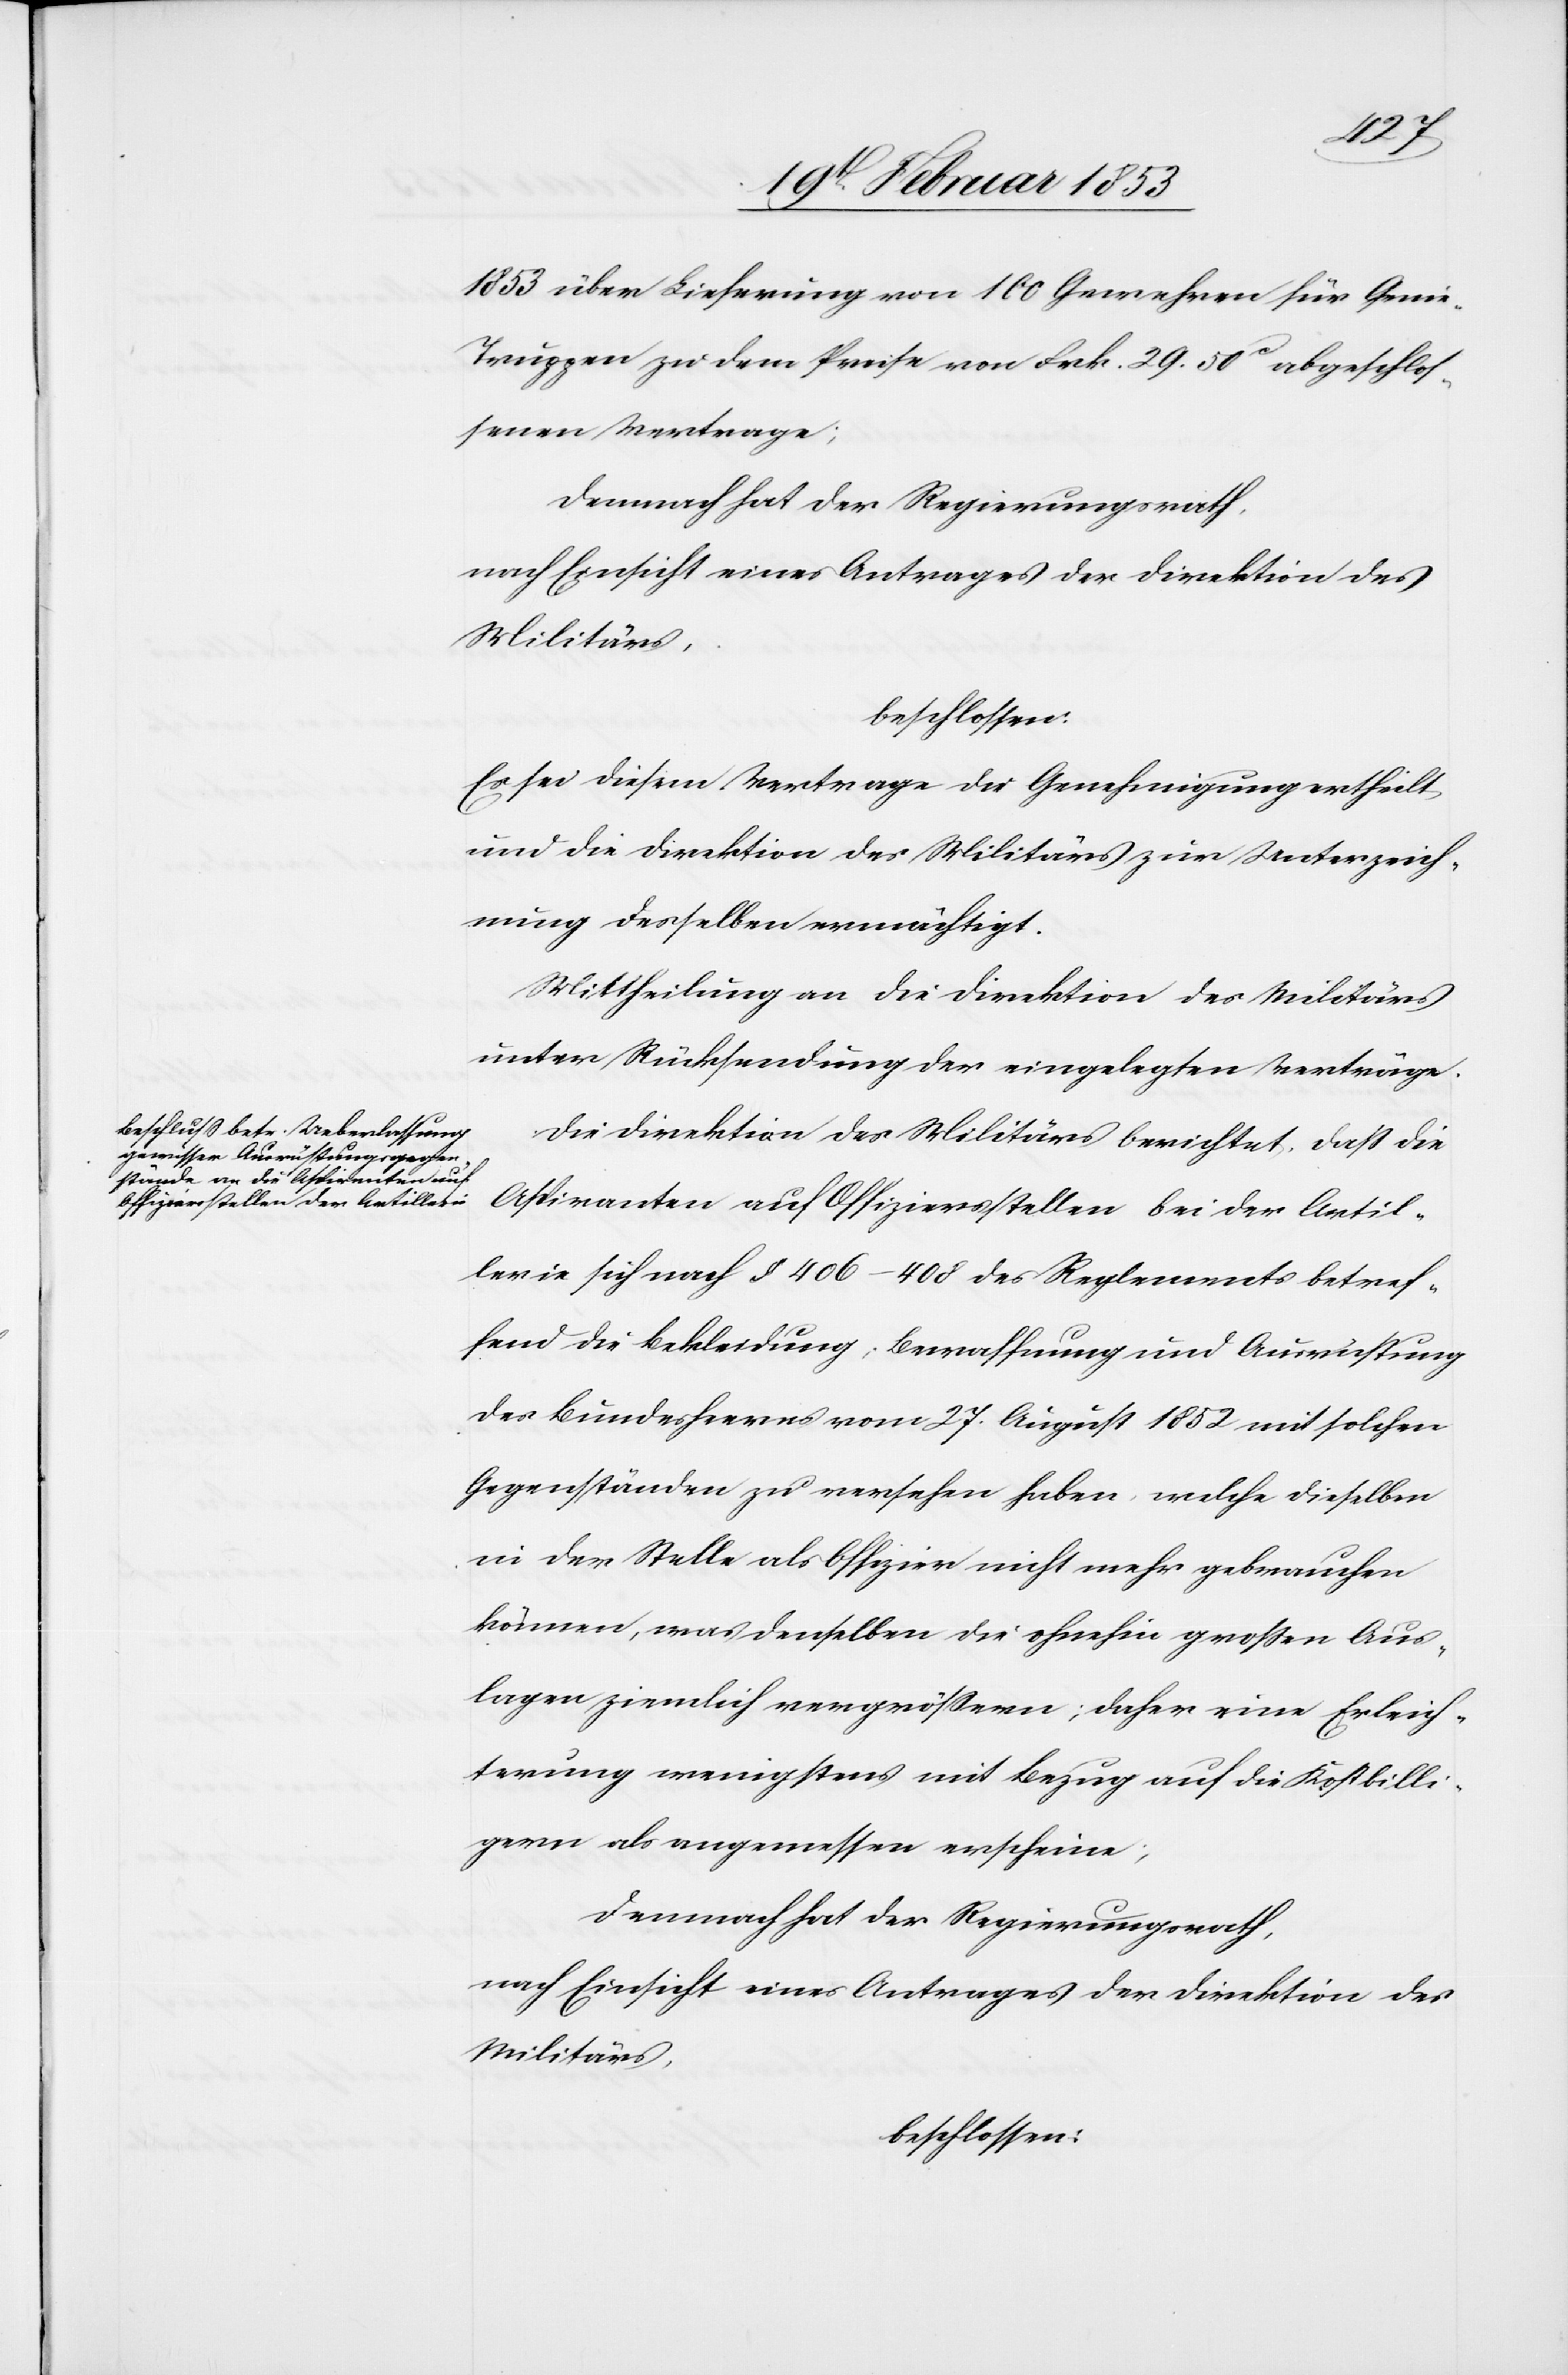
1853 über Lieferung von 100 Gewehren für Geni¬
e-Truppen zu dem Preise von Frk. 29.50 cs abgeschlos¬
senen Vertrage;
Demnach hat der Regierungsrath,
nach Einsicht eines Antrages der Direktion des
Militärs,
beschlossen:
Es sei diesem Vertrage die Genehmigung ertheilt
und die Direktion des Militärs zur Unterzeich¬
nung desselben ermächtigt.
Mittheilung an die Direktion des Militärs
unter Rücksendung der eingelegten Verträge.
Die Direktion des Militärs berichtet, daß die
Aspiranten auf Offiziersstellen bei der Artil¬
lerie sich nach §. 406–408 des Reglements betref¬
fend die Erklärung, Bewaffnung und Ausrüstung
des Bundesheeres vom 27. August 1852 mit solchen
Gegenständen zu versehen habe, welche dieselben
in der Stelle als Offizier nicht mehr gebrauchen
können, was denselben die ohnehin großen Aus¬
lagen ziemlich vergrößern; daher eine Erleich¬
terung wenigstens mit Bezug auf die Kostbilli¬
gung als angemessen erscheine;
Demnach hat der Regierungsrath,
nach Einsicht eines Antrages der Direktion des
Militärs,
beschlossen: